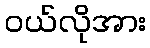
ဝယ်လိုအား